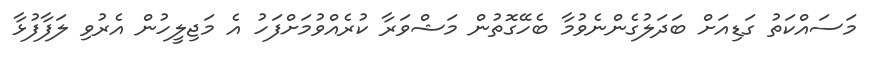
މަސައްކަތު ގަޑިއަށް ބަދަލުގެންނެވުމާ ބެހޭގޮތުން މަޝްވަރާ ކުރެއްވުމަށްފަހު އެ މަޖިލީހުން އެރުވި ލަފާފުޅާ